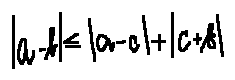
| a - b | \leq | a - c | + | c + b |